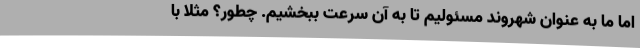
اما ما به عنوان شهروند مسئولیم تا به آن سرعت ببخشیم. چطور؟ مثلا با